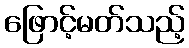
ဖြောင့်မတ်သည့်